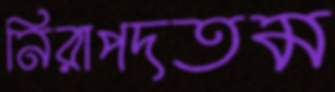
নিরাপদতম